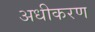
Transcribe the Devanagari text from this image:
अधीकरण